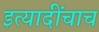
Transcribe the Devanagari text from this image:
इत्यादींचाच